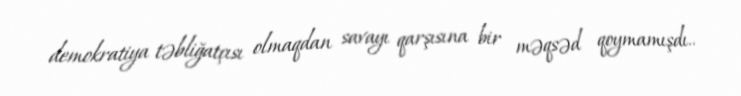
demokratiya təbliğatçısı olmaqdan savayı qarşısına bir məqsəd qoymamışdı..